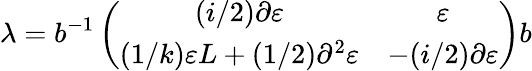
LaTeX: \lambda=b^{-1}\left(\begin{array}{cc}{{(i/2)\partial\varepsilon}}&{{\varepsilon}}\\ {{(1/k)\varepsilon L+(1/2)\partial^{2}\varepsilon}}&{{-(i/2)\partial\varepsilon}}\end{array}\right)b